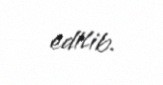
edilib.